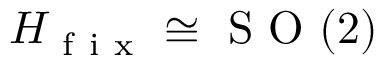
H _ { \mathrm { ~ f ~ i ~ x ~ } } \cong \mathrm { ~ S ~ O ~ } ( 2 )